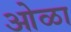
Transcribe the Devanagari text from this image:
ओळा